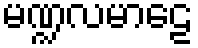
မဏ္ဍလမာဠေ